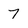
Character: 7